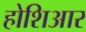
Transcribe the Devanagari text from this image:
होशिआर